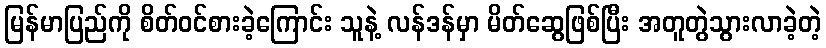
မြန်မာပြည်ကို စိတ်ဝင်စားခဲ့ကြောင်း သူနဲ့ လန်ဒန်မှာ မိတ်ဆွေဖြစ်ပြီး အတူတွဲသွားလာခဲ့တဲ့